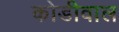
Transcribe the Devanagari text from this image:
कोडीवाल